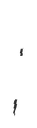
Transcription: Гельзін;